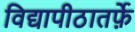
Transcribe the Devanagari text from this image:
विद्यापीठातर्फ़े